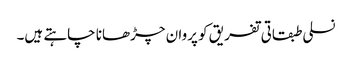
نسلی طبقاتی تفریق کو پروان چڑھانا چاہتے ہیں۔